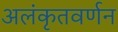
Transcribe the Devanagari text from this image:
अलंकृतवर्णन